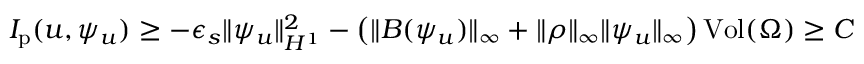
I _ { \mathrm { p } } ( u , \psi _ { u } ) \geq - \epsilon _ { s } \| \psi _ { u } \| _ { H ^ { 1 } } ^ { 2 } - \left( \| B ( \psi _ { u } ) \| _ { \infty } + \| \rho \| _ { \infty } \| \psi _ { u } \| _ { \infty } \right) \mathrm { V o l } ( \Omega ) \geq C